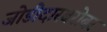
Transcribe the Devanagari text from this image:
जोडीदारबरोबर